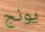
يونج